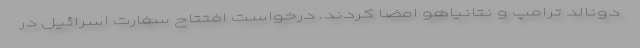
دونالد ترامپ و نتانیاهو امضا کردند. درخواست افتتاح سفارت اسرائیل در